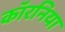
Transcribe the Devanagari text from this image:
कॉरनिया